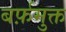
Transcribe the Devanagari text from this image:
बर्फ़मुक्त